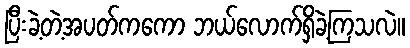
ပြီးခဲ့တဲ့အပတ်ကကော ဘယ်လောက်ရှိခဲ့ကြသလဲ။